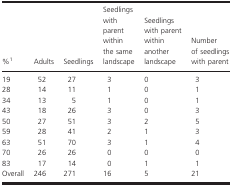
<table><thead><tr><td><b>%a</b></td><td><b>Adults</b></td><td><b>Seedlings</b></td><td><b>Seedlings with parent within the same landscape</b></td><td><b>Seedlings with parent within another landscape</b></td><td><b>Number of seedlings with parent</b></td></tr></thead><tbody><tr><td>19</td><td>52</td><td>27</td><td>3</td><td>0</td><td>3</td></tr><tr><td>28</td><td>14</td><td>11</td><td>1</td><td>0</td><td>1</td></tr><tr><td>34</td><td>13</td><td>5</td><td>1</td><td>0</td><td>1</td></tr><tr><td>43</td><td>18</td><td>26</td><td>3</td><td>0</td><td>3</td></tr><tr><td>50</td><td>27</td><td>51</td><td>3</td><td>2</td><td>5</td></tr><tr><td>59</td><td>28</td><td>41</td><td>2</td><td>1</td><td>3</td></tr><tr><td>63</td><td>51</td><td>70</td><td>3</td><td>1</td><td>4</td></tr><tr><td>70</td><td>26</td><td>26</td><td>0</td><td>0</td><td>0</td></tr><tr><td>83</td><td>17</td><td>14</td><td>0</td><td>1</td><td>1</td></tr><tr><td>Overall</td><td>246</td><td>271</td><td>16</td><td>5</td><td>21</td></tr></tbody></table>